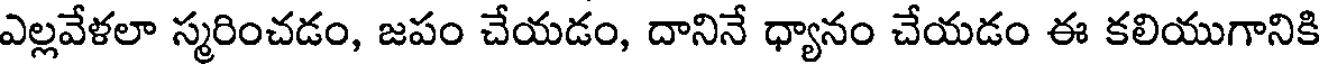
ఎల్లవేళలా స్మరించడం, జపం చేయడం, దానినే ధ్యానం చేయడం ఈ కలియుగానికి